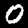
Digit: 0